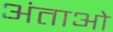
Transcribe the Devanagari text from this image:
अंताओ